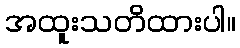
အထူးသတိထားပါ။